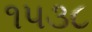
૧૫૩૮